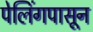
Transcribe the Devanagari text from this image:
पेलिंगपासून